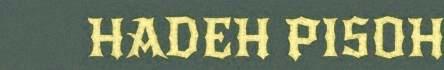
HADEH PISOH